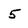
Character: 5